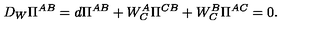
D _ { W } \Pi ^ { A B } = d \Pi ^ { A B } + W _ { C } ^ { A } \Pi ^ { C B } + W _ { C } ^ { B } \Pi ^ { A C } = 0 .